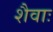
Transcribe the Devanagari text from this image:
शैवाः